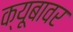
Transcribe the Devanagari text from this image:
क्यूबावर